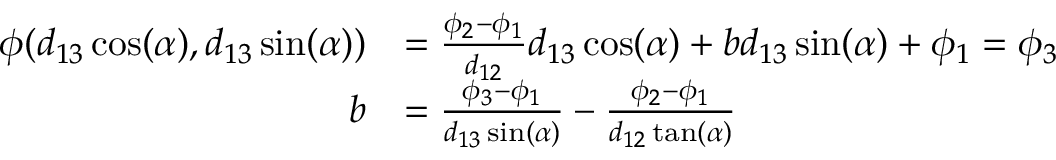
\begin{array} { r l } { \phi ( d _ { 1 3 } \cos ( \alpha ) , d _ { 1 3 } \sin ( \alpha ) ) } & { = \frac { \phi _ { 2 } - \phi _ { 1 } } { d _ { 1 2 } } d _ { 1 3 } \cos ( \alpha ) + b d _ { 1 3 } \sin ( \alpha ) + \phi _ { 1 } = \phi _ { 3 } } \\ { b } & { = \frac { \phi _ { 3 } - \phi _ { 1 } } { d _ { 1 3 } \sin ( \alpha ) } - \frac { \phi _ { 2 } - \phi _ { 1 } } { d _ { 1 2 } \tan ( \alpha ) } } \end{array}